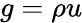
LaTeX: g=\rho u